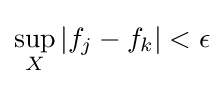
\sup _{X}|f_{j}-f_{k}|<\epsilon